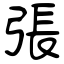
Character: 張